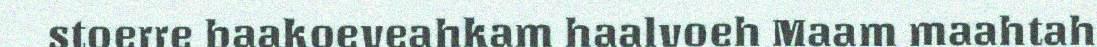
stoerre baakoeveahkam haalvoeh Maam maahtah